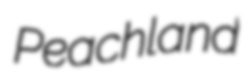
Peachland